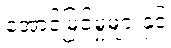
အောင်မြင်မှုများနှင့်